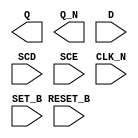
module sky130_fd_sc_ms__sdfbbn (
    Q      ,
    Q_N    ,
    D      ,
    SCD    ,
    SCE    ,
    CLK_N  ,
    SET_B  ,
    RESET_B
);

    output Q      ;
    output Q_N    ;
    input  D      ;
    input  SCD    ;
    input  SCE    ;
    input  CLK_N  ;
    input  SET_B  ;
    input  RESET_B;

    // Voltage supply signals
    supply1 VPWR;
    supply0 VGND;
    supply1 VPB ;
    supply0 VNB ;

endmodule